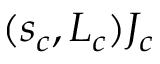
( s _ { c } , L _ { c } ) { J _ { c } }